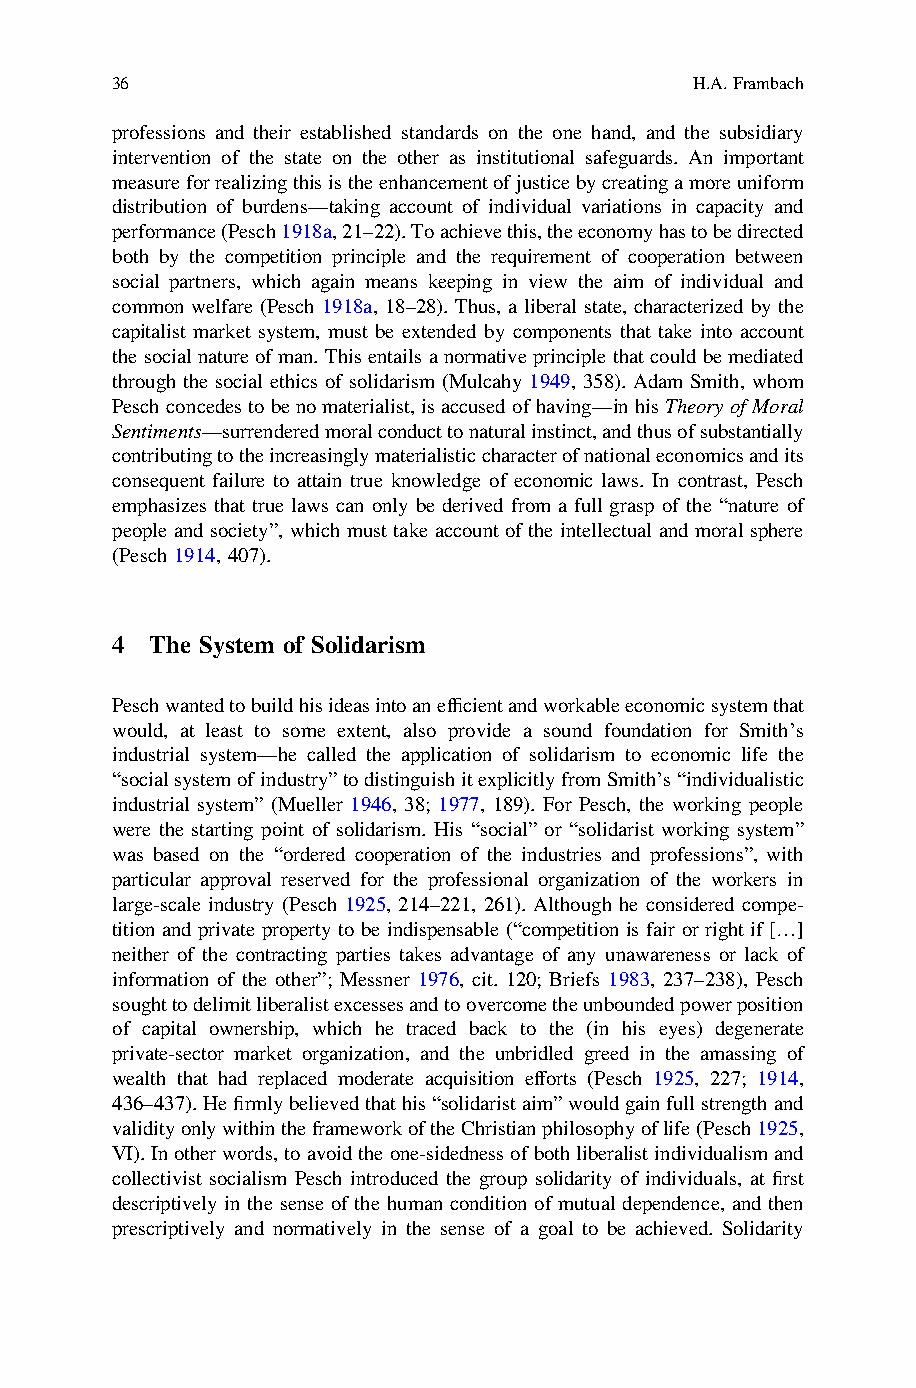
36                                     H.A.Frambach
 professions and their established standards on the one hand, and the subsidiary
 intervention of the state on the other as institutional safeguards. An important
 measureforrealizingthisistheenhancementofjusticebycreatingamoreuniform
 distribution of burdens—taking account of individual variations in capacity and
 performance(Pesch1918a,21–22).Toachievethis,theeconomyhastobedirected
 both by the competition principle and the requirement of cooperation between
 social partners, which again means keeping in view the aim of individual and
 common welfare (Pesch 1918a, 18–28). Thus, a liberal state, characterized by the
 capitalist market system, must be extended by components that take into account
 the socialnature of man. This entailsa normative principle that could be mediated
 through the social ethics of solidarism (Mulcahy 1949, 358). Adam Smith, whom
 Peschconcedes tobeno materialist,isaccused ofhaving—inhis Theory ofMoral
 Sentiments—surrenderedmoralconducttonaturalinstinct,andthusofsubstantially
 contributingtotheincreasinglymaterialisticcharacterofnationaleconomicsandits
 consequent failure to attain true knowledge of economic laws. In contrast, Pesch
 emphasizes that true laws can only be derived from a full grasp of the “nature of
 people and society”, which must take account of the intellectual and moral sphere
 (Pesch 1914, 407).
 4  The System of Solidarism
 Peschwantedtobuildhisideasintoanefficientandworkableeconomicsystemthat
 would, at least to some extent, also provide a sound foundation for Smith’s
 industrial system—he called the application of solidarism to economic life the
 “socialsystemofindustry”todistinguishitexplicitlyfromSmith’s“individualistic
 industrial system” (Mueller 1946, 38; 1977, 189). For Pesch, the working people
 were the starting point of solidarism. His “social” or “solidarist working system”
 was based on the “ordered cooperation of the industries and professions”, with
 particular approval reserved for the professional organization of the workers in
 large-scale industry (Pesch 1925, 214–221, 261). Although he considered compe-
 tition and private property to be indispensable (“competition is fair or right if […]
 neither of the contracting parties takes advantage of any unawareness or lack of
 information of the other”; Messner 1976, cit. 120; Briefs 1983, 237–238), Pesch
 soughttodelimitliberalistexcessesandtoovercometheunboundedpowerposition
 of capital ownership, which he traced back to the (in his eyes) degenerate
 private-sector market organization, and the unbridled greed in the amassing of
 wealth that had replaced moderate acquisition efforts (Pesch 1925, 227; 1914,
 436–437).Hefirmlybelievedthathis“solidaristaim”wouldgainfullstrengthand
 validityonlywithintheframeworkoftheChristianphilosophyoflife(Pesch1925,
 VI).Inotherwords,toavoidtheone-sidednessofbothliberalistindividualismand
 collectivist socialism Pesch introduced the group solidarity of individuals, at first
 descriptively in the sense of the human condition of mutual dependence, and then
 prescriptively and normatively in the sense of a goal to be achieved. Solidarity